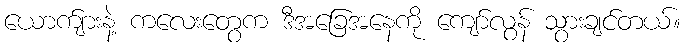
ယောက်ျားနဲ့ ကလေးတွေက ဒီအခြေအနေကို ကျော်လွန် သွားချင်တယ်။